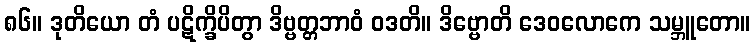
၈၆။ ဒုတိယော တံ ပဋိက္ခိပိတွာ ဒိဗ္ဗတ္တဘာဝံ ဝဒတိ။ ဒိဗ္ဗောတိ ဒေဝလောကေ သမ္ဘူတော။